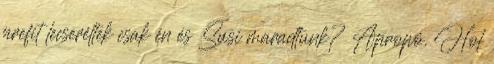
prefit lecseréltek csak én és Susi maradtunk? Apropó. Hol